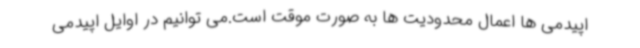
اپیدمی ها اعمال محدودیت ها به صورت موقت است.می توانیم در اوایل اپیدمی